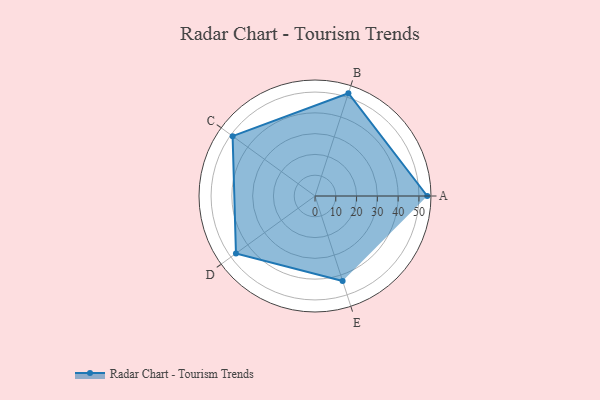
{"axis": {"x": "Skill", "y": "Score"}, "legend": ["Profile"], "data": [{"x": "A", "y": 54.0, "type": "Profile"}, {"x": "B", "y": 52.0, "type": "Profile"}, {"x": "C", "y": 49.0, "type": "Profile"}, {"x": "D", "y": 47.0, "type": "Profile"}, {"x": "E", "y": 43.0, "type": "Profile"}]}